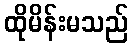
ထိုမိန်းမသည်